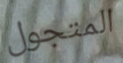
المتجول